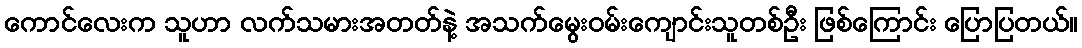
ကောင်လေးက သူဟာ လက်သမားအတတ်နဲ့ အသက်မွေးဝမ်းကျောင်းသူတစ်ဦး ဖြစ်ကြောင်း ပြောပြတယ်။